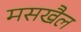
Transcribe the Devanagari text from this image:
मसखैल